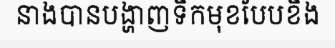
នាងបានបង្ហាញទឹកមុខបែបខឹង